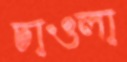
চাওলা